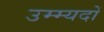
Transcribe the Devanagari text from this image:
उम्म्यदों